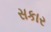
સકાર